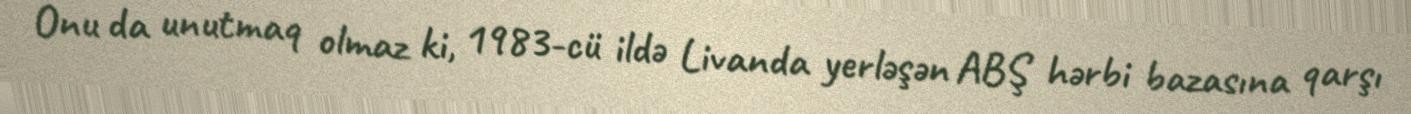
Onu da unutmaq olmaz ki, 1983-cü ildə Livanda yerləşən ABŞ hərbi bazasına qarşı